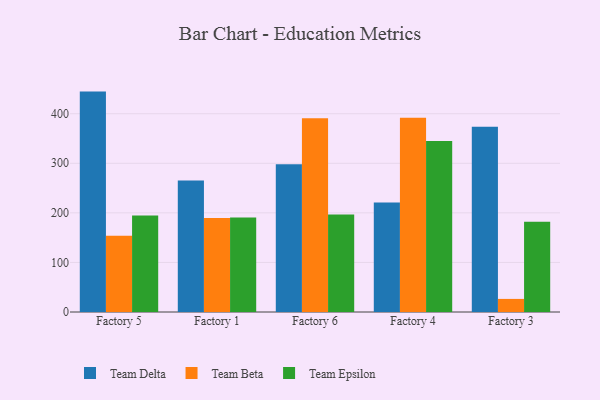
{"axis": {"x": "Factory", "y": "Gross Profit (USD K)"}, "legend": ["Team Beta", "Team Delta", "Team Epsilon"], "data": [{"x": "Factory 5", "y": 444.6, "type": "Team Delta"}, {"x": "Factory 5", "y": 153.9, "type": "Team Beta"}, {"x": "Factory 5", "y": 194.5, "type": "Team Epsilon"}, {"x": "Factory 1", "y": 265.5, "type": "Team Delta"}, {"x": "Factory 1", "y": 189.4, "type": "Team Beta"}, {"x": "Factory 1", "y": 190.6, "type": "Team Epsilon"}, {"x": "Factory 6", "y": 298.0, "type": "Team Delta"}, {"x": "Factory 6", "y": 390.7, "type": "Team Beta"}, {"x": "Factory 6", "y": 196.8, "type": "Team Epsilon"}, {"x": "Factory 4", "y": 220.8, "type": "Team Delta"}, {"x": "Factory 4", "y": 392.1, "type": "Team Beta"}, {"x": "Factory 4", "y": 344.9, "type": "Team Epsilon"}, {"x": "Factory 3", "y": 373.7, "type": "Team Delta"}, {"x": "Factory 3", "y": 26.4, "type": "Team Beta"}, {"x": "Factory 3", "y": 182.2, "type": "Team Epsilon"}]}